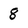
Character: 8